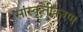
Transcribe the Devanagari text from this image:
सांस्कृतीकरण